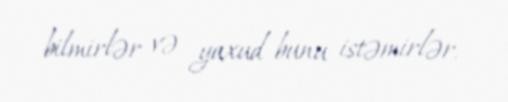
bilmirlər və yaxud bunu istəmirlər.